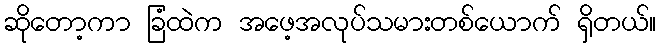
ဆိုတော့ကာ ခြံထဲက အဖေ့အလုပ်သမားတစ်ယောက် ရှိတယ်။